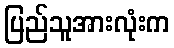
ပြည်သူအားလုံးက